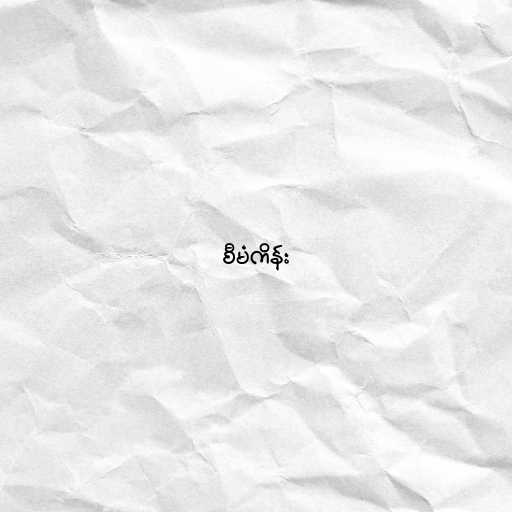
စီမံကိန်း